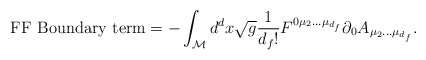
\begin{align*}\textnormal{FF Boundary term} = - \int_{\cal M} d^dx \sqrt g \frac{1}{d_f!} F^{0 \mu_2... \mu_{d_f}} \partial_0 A_{\mu_2... \mu_{d_f}}.\end{align*}